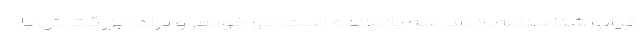
غياب شناسنامه، از مدرسه بازمانده است، دو خواهر و برادر بزرگ‌ترش با